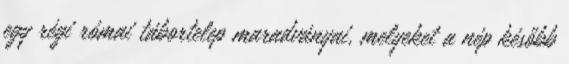
egy régi római tábortelep maradványai, melyeket a nép később